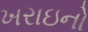
ખરાઇનો